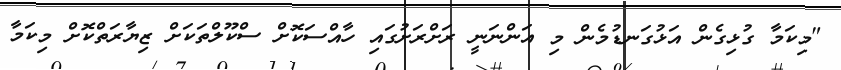
"މިކަމާ ގުޅިގެން އަޅުގަނޑުމެން މި އަންނަނީ ރަށްރަށުގައި ހާއްސަކޮށް ސްކޫލްތަކަށް ޒިޔާރަތްކޮށް މިކަމާ